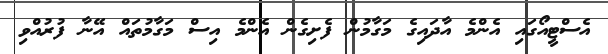
އެސްޓީއޯގައި އެންމެ އާދައިގެ މަގާމުން ފެށިގެން އެންމެ އިސް މަގާމުތައް އޭނާ ފުރުއްވި